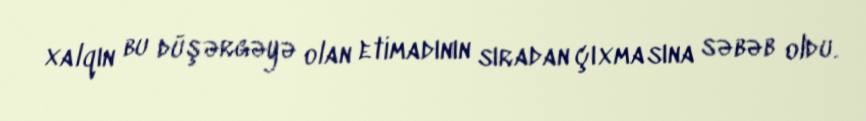
xalqın bu düşərgəyə olan etimadının sıradan çıxmasına səbəb oldu.